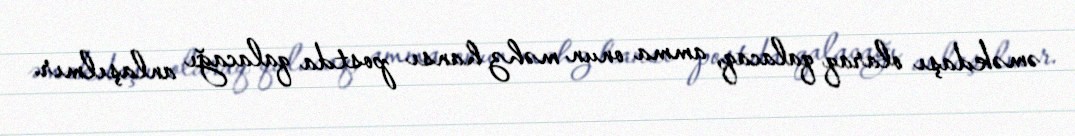
əməkdaşı olaraq qalacaq, amma onun məhz hansı postda qalacağı anlaşılmır.